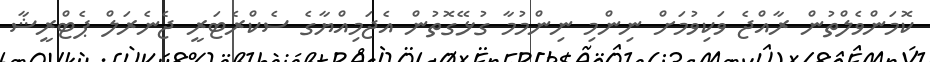
ކޮމަންވެލްތުން ރާއްޖެ ވަކިވުމަށް ނިންމި ނިންމުމާ ގުޅޭގޮތުން އެޖަމިއްޔާގެ ސެކްރެޓަރީ ޖެނެރަލް ޕެޓްރީޝާ